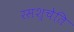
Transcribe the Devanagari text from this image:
रसश्चेति